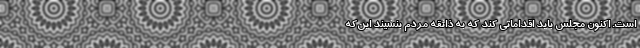
است. اکنون مجلس باید اقداماتی کند که به ذائقه مردم بنشیند این‌که